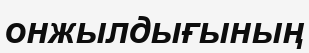
онжылдығының